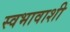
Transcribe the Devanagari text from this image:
स्वभावाशी